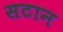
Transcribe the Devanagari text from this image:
सटान